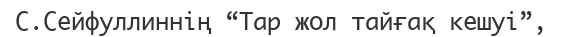
С.Сейфуллиннің “Тар жол тайғақ кешуі”,